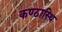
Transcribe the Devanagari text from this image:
कण्ठास्थि